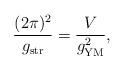
LaTeX: \begin{align*}\frac{(2\pi)^2}{g_{\rm str}}=\frac{V}{g_{\rm YM}^2},\end{align*}